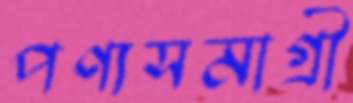
পণ্যসমাগ্রী